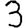
Digit: 3